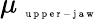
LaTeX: \mu_{\mathrm{~\tiny~u~p~p~e~r~-~j~a~w~}}